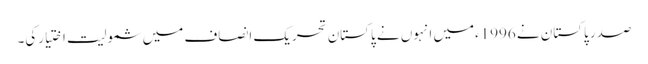
صدر پاکستان نے 1996ءمیں انہوں نے پاکستان تحریک انصاف میں شمولیت اختیارکی۔